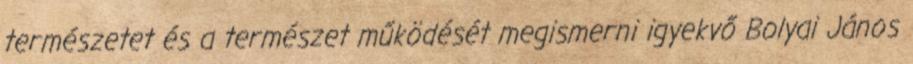
természetet és a természet működését megismerni igyekvő Bolyai János